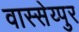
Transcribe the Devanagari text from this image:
वास्सेय्पुर